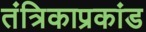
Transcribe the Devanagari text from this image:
तंत्रिकाप्रकांड